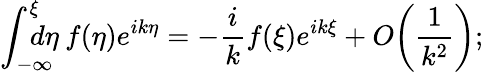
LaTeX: \int_{-\infty}^{\xi}\! \! \! \! \! \! d\eta\: f(\eta)e^{ik\eta}=-\frac ikf(\xi)e^{ik\xi}+O\! \left(\frac 1{k^{2}}\right);